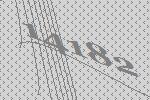
14182